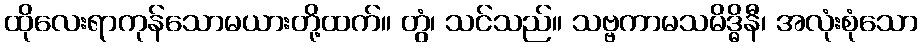
ထိုလေးရာကုန်သောမယားတို့ထက်။ တွံ၊ သင်သည်။ သဗ္ဗကာမသမိဒ္ဓိနီ၊ အလုံးစုံသော